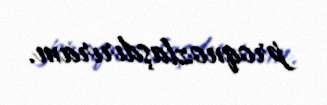
proqnozlaşdırıram.